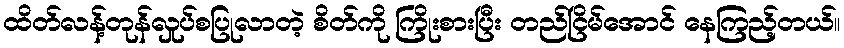
ထိတ်လန့်တုန်လှုပ်စပြုလာတဲ့ စိတ်ကို ကြိုးစားပြီး တည်ငြိမ်အောင် နေကြည့်တယ်။